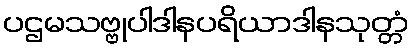
ပဌမသဗ္ဗုပါဒါနပရိယာဒါနသုတ္တံ